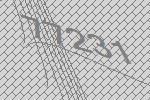
77231